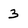
Character: 3